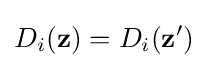
D_{i}(\mathbf {z} )=D_{i}(\mathbf {z} ')